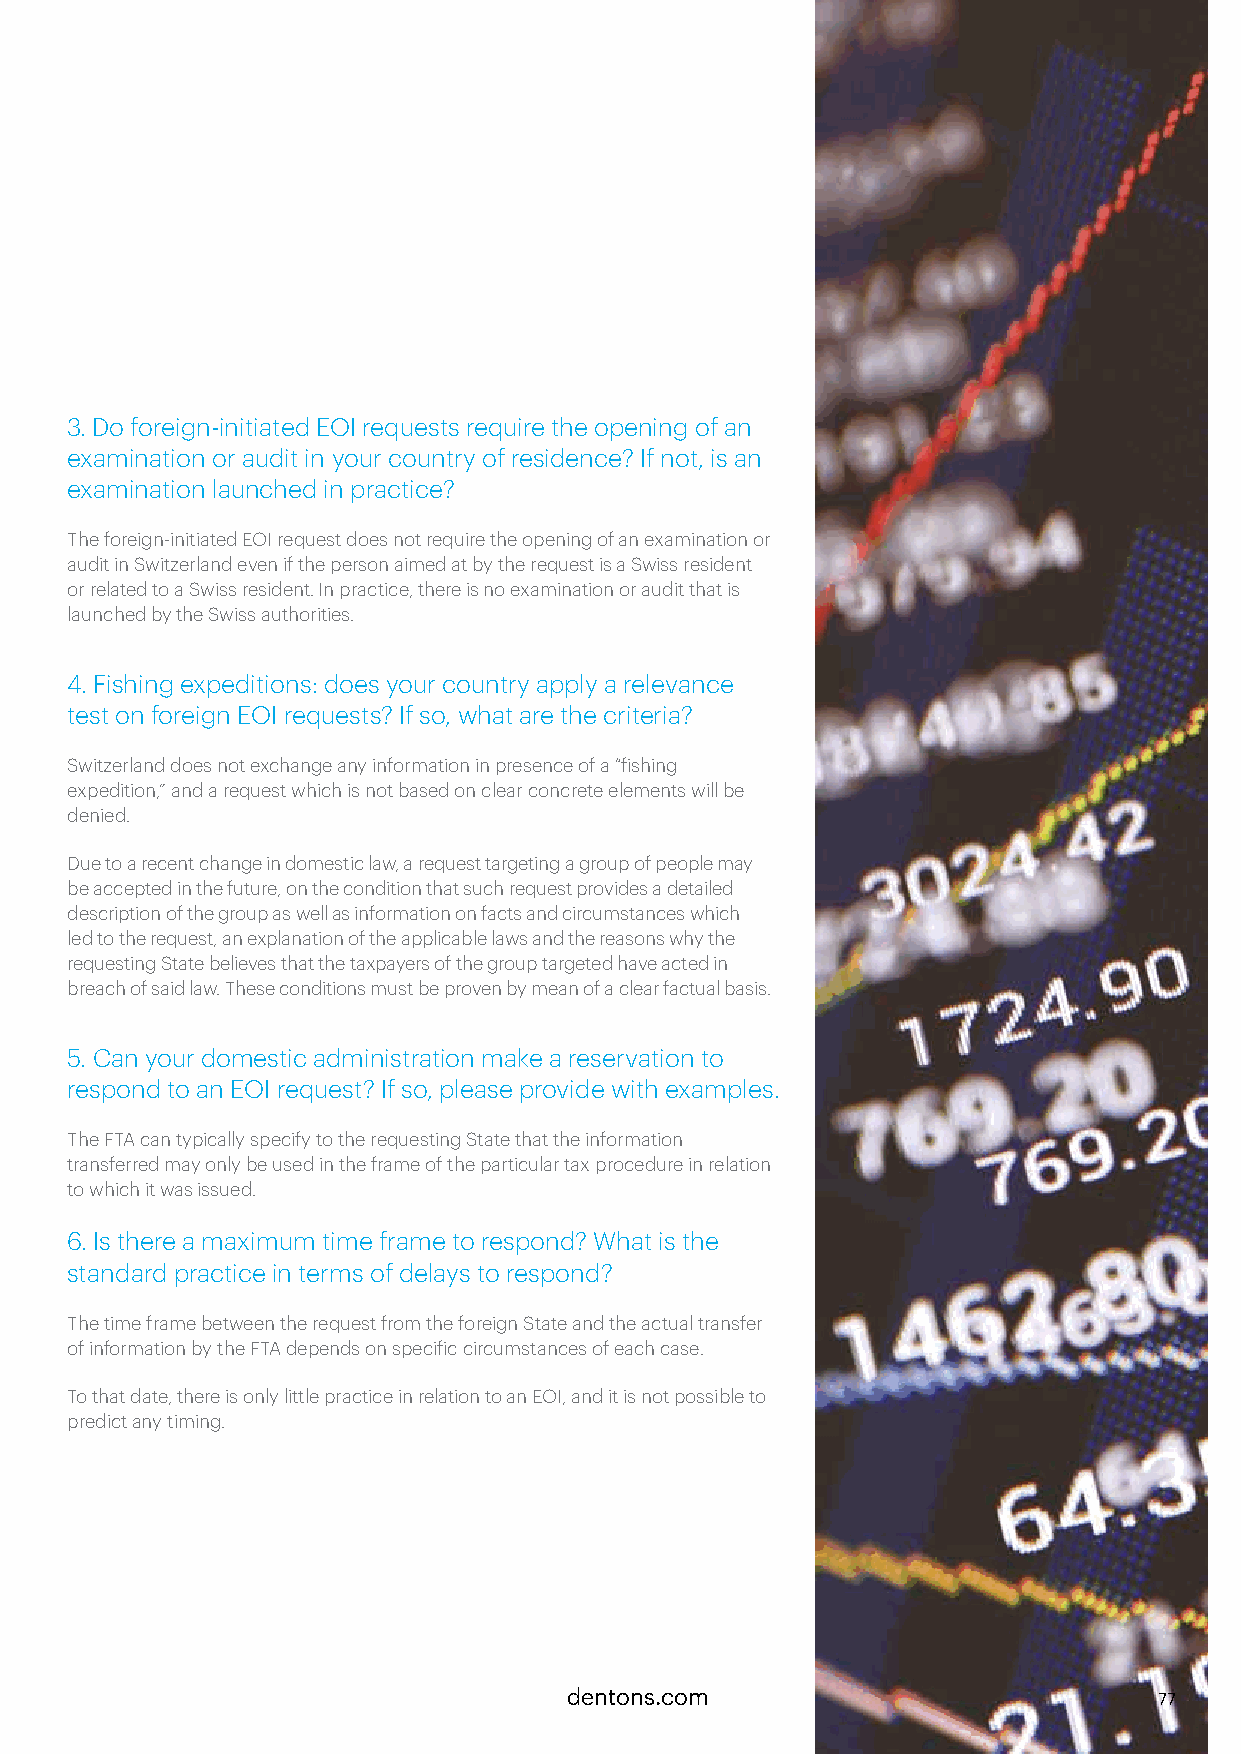
3. Do foreign-initiated EOI requests require the opening of an
 examination or audit in your country of residence? If not, is an
 examination launched in practice?
 The foreign-initiated EOI request does not require the opening of an examination or
 audit in Switzerland even if the person aimed at by the request is a Swiss resident
 or related to a Swiss resident. In practice, there is no examination or audit that is
 launched by the Swiss authorities.
 4. Fishing expeditions: does your country apply a relevance
 test on foreign EOI requests? If so, what are the criteria?
 Switzerland does not exchange any information in presence of a “fishing
 expedition,” and a request which is not based on clear concrete elements will be
 denied.
 Due to a recent change in domestic law, a request targeting a group of people may
 be accepted in the future, on the condition that such request provides a detailed
 description of the group as well as information on facts and circumstances which
 led to the request, an explanation of the applicable laws and the reasons why the
 requesting State believes that the taxpayers of the group targeted have acted in
 breach of said law. These conditions must be proven by mean of a clear factual basis.
 5. Can your domestic administration make a reservation to
 respond to an EOI request? If so, please provide with examples.
 The FTA can typically specify to the requesting State that the information
 transferred may only be used in the frame of the particular tax procedure in relation
 to which it was issued.
 6. Is there a maximum time frame to respond? What is the
 standard practice in terms of delays to respond?
 The time frame between the request from the foreign State and the actual transfer
 of information by the FTA depends on specific circumstances of each case.
 To that date, there is only little practice in relation to an EOI, and it is not possible to
 predict any timing.
 dentons.com                            77